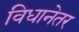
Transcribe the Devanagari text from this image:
विधानेतर